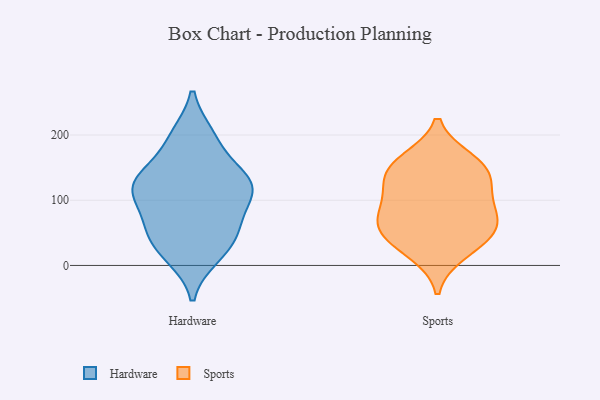
{"axis": {"x": "Satisfaction Score", "y": "Value"}, "legend": ["Hardware", "Sports"], "data": [{"x": "", "y": 14, "type": "Hardware"}, {"x": "", "y": 61, "type": "Hardware"}, {"x": "", "y": 88, "type": "Hardware"}, {"x": "", "y": 21, "type": "Hardware"}, {"x": "", "y": 199, "type": "Hardware"}, {"x": "", "y": 195, "type": "Hardware"}, {"x": "", "y": 121, "type": "Hardware"}, {"x": "", "y": 117, "type": "Hardware"}, {"x": "", "y": 47, "type": "Hardware"}, {"x": "", "y": 56, "type": "Hardware"}, {"x": "", "y": 115, "type": "Hardware"}, {"x": "", "y": 148, "type": "Hardware"}, {"x": "", "y": 127, "type": "Hardware"}, {"x": "", "y": 129, "type": "Hardware"}, {"x": "", "y": 40, "type": "Sports"}, {"x": "", "y": 20, "type": "Sports"}, {"x": "", "y": 60, "type": "Sports"}, {"x": "", "y": 79, "type": "Sports"}, {"x": "", "y": 161, "type": "Sports"}, {"x": "", "y": 79, "type": "Sports"}, {"x": "", "y": 53, "type": "Sports"}, {"x": "", "y": 113, "type": "Sports"}, {"x": "", "y": 150, "type": "Sports"}, {"x": "", "y": 124, "type": "Sports"}, {"x": "", "y": 149, "type": "Sports"}]}